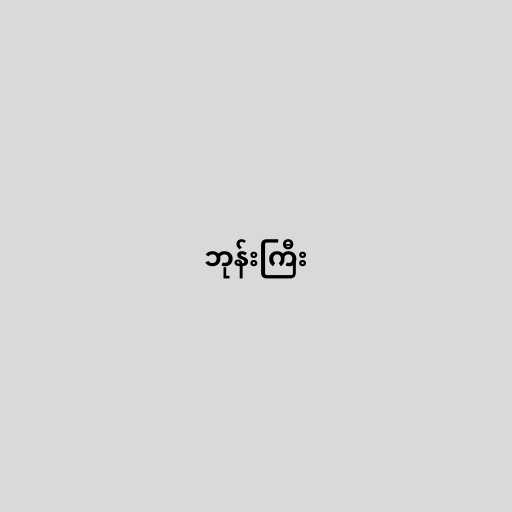
ဘုန်းကြီး